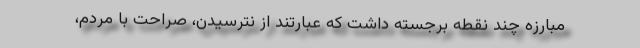
مبارزه چند نقطه برجسته داشت که عبارتند از نترسیدن، صراحت با مردم،